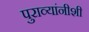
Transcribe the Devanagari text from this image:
पुराव्यांनीशी